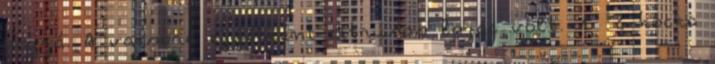
hozzá. A vacsora egyébként citrusos lazac volt. 1 2 kocka